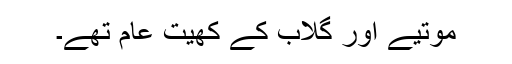
موتیے اور گلاب کے کھیت عام تھے۔